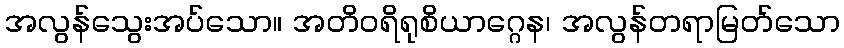
အလွန်သွေးအပ်သော။ အတိဝရိရုစိယာဂ္ဂေန၊ အလွန်တရာမြတ်သော